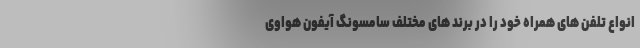
انواع تلفن های همراه خود را در برند های مختلف سامسونگ آیفون هواوی